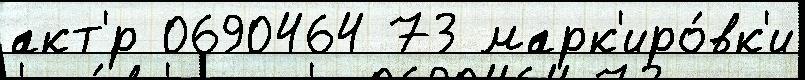
акт'́р 0690464 73 марк'иро́вк'и